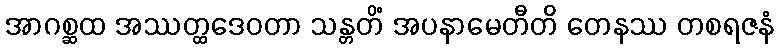
အာဂစ္ဆထ အဿတ္ထဒေဝတာ သန္တတိံ အပနာမေတီတိ တေနဿ တစရဇနံ